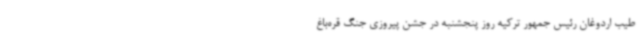
طیب اردوغان رئیس جمهور ترکیه روز پنجشنبه در جشن پیروزی جنگ قره‌باغ